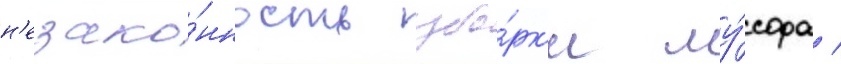
н'езако́нность убо́рк'и му́сора /